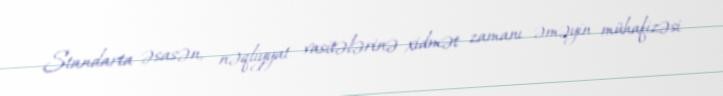
Standarta əsasən, nəqliyyat vasitələrinə xidmət zamanı əməyin mühafizəsi